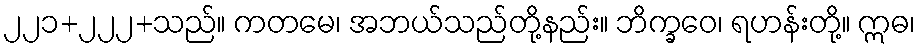
၂၂၁+၂၂၂+သည်။ ကတမေ၊ အဘယ်သည်တို့နည်း။ ဘိက္ခဝေ၊ ရဟန်းတို့။ ဣဓ၊